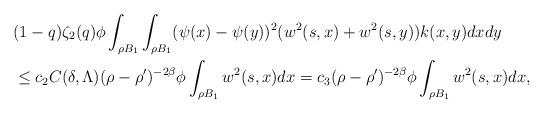
LaTeX: \begin{align*}& (1-q)\zeta_{2}(q)\phi\int_{\rho B_{1}}\int_{\rho B_{1}}(\psi(x)-\psi(y))^{2}(w^{2}(s,x) + w^{2}(s,y))k(x,y)dxdy \\& \leq c_{2}C(\delta,\Lambda)(\rho-\rho')^{-2\beta}\phi\int_{\rho B_{1}}w^{2}(s,x)dx= c_{3}(\rho-\rho')^{-2\beta}\phi\int_{\rho B_{1}}w^{2}(s,x)dx,\end{align*}